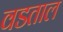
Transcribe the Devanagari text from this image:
वडताल